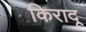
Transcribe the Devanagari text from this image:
किरादू